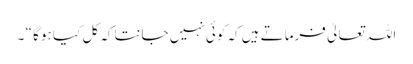
اللہ تعالیٰ فرماتے ہیں کہ کوئی نہیں جانتا کہ کل کیا ہو گا “ ۔